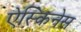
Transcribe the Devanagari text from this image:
ऐस्किनेस